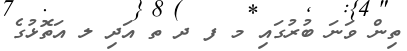
ތިން ވަނަ ބުރުގައި މ ފ ދ ތ އަދި ލ އަތޮޅުގެ